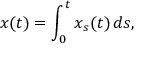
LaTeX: x ( t ) = \int _ { 0 } ^ { t } x _ { s } ( t ) \, d s ,